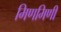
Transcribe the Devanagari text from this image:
मिणमिणी